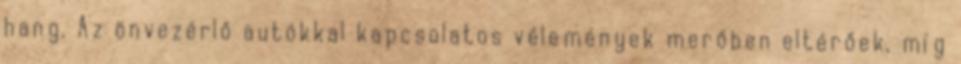
hang. Az önvezérlő autókkal kapcsolatos vélemények merőben eltérőek, míg